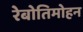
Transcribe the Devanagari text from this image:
रेबोतिमोहन